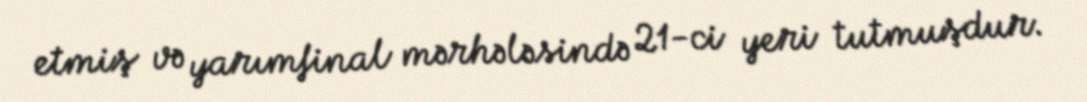
etmiş və yarımfinal mərhələsində 21-ci yeri tutmuşdur.